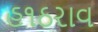
હ૧ઠરાવ